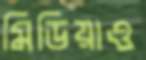
মিডিয়াও